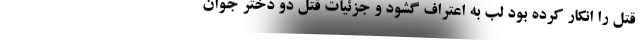
قتل را انکار کرده بود لب به اعتراف گشود و جزئیات قتل دو دختر جوان